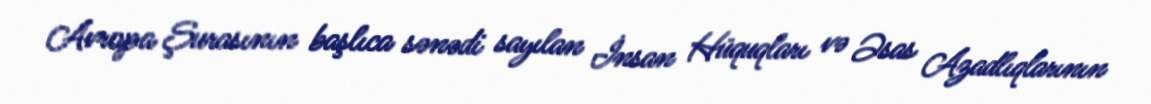
Avropa Şurasının başlıca sənədi sayılan İnsan Hüquqları və Əsas Azadlıqlarının